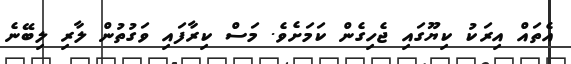
އެތައް އިރަކު ކިޔޫގައި ޖެހިގެން ކަމަށެވެ. މަސް ކިރާފައި ވަގުތުން ލާރި ލިބޭނެ